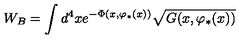
W _ { B } = \int d ^ { 4 } x e ^ { - \Phi ( x , \varphi _ { * } ( x ) ) } \sqrt { G ( x , \varphi _ { * } ( x ) ) }